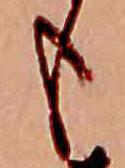
も